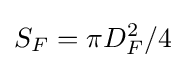
S_{F}=\pi D_{F}^{2}/4